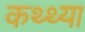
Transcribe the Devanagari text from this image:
कथ्थ्या